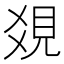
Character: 𧠔